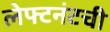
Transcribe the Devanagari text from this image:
लेफ्टनंटची